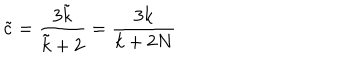
\tilde { c } = \frac { 3 \tilde { k } } { \tilde { k } + 2 } = \frac { 3 k } { k + 2 N }